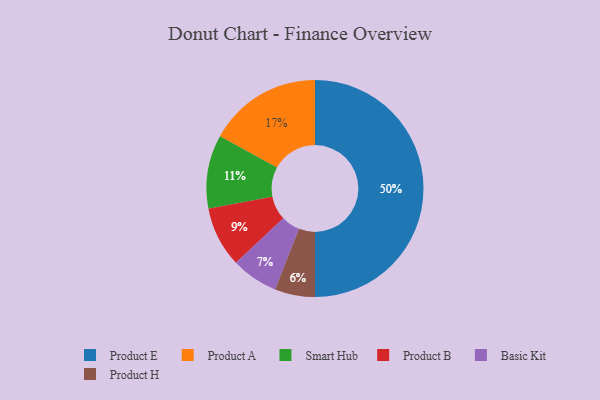
{"axis": {"x": "Category", "y": "Percentage"}, "legend": ["Basic Kit", "Product A", "Product B", "Product E", "Product H", "Smart Hub"], "data": [{"x": "Product H", "y": 6, "type": "Product H"}, {"x": "Product E", "y": 50, "type": "Product E"}, {"x": "Basic Kit", "y": 7, "type": "Basic Kit"}, {"x": "Product A", "y": 17, "type": "Product A"}, {"x": "Smart Hub", "y": 11, "type": "Smart Hub"}, {"x": "Product B", "y": 9, "type": "Product B"}]}